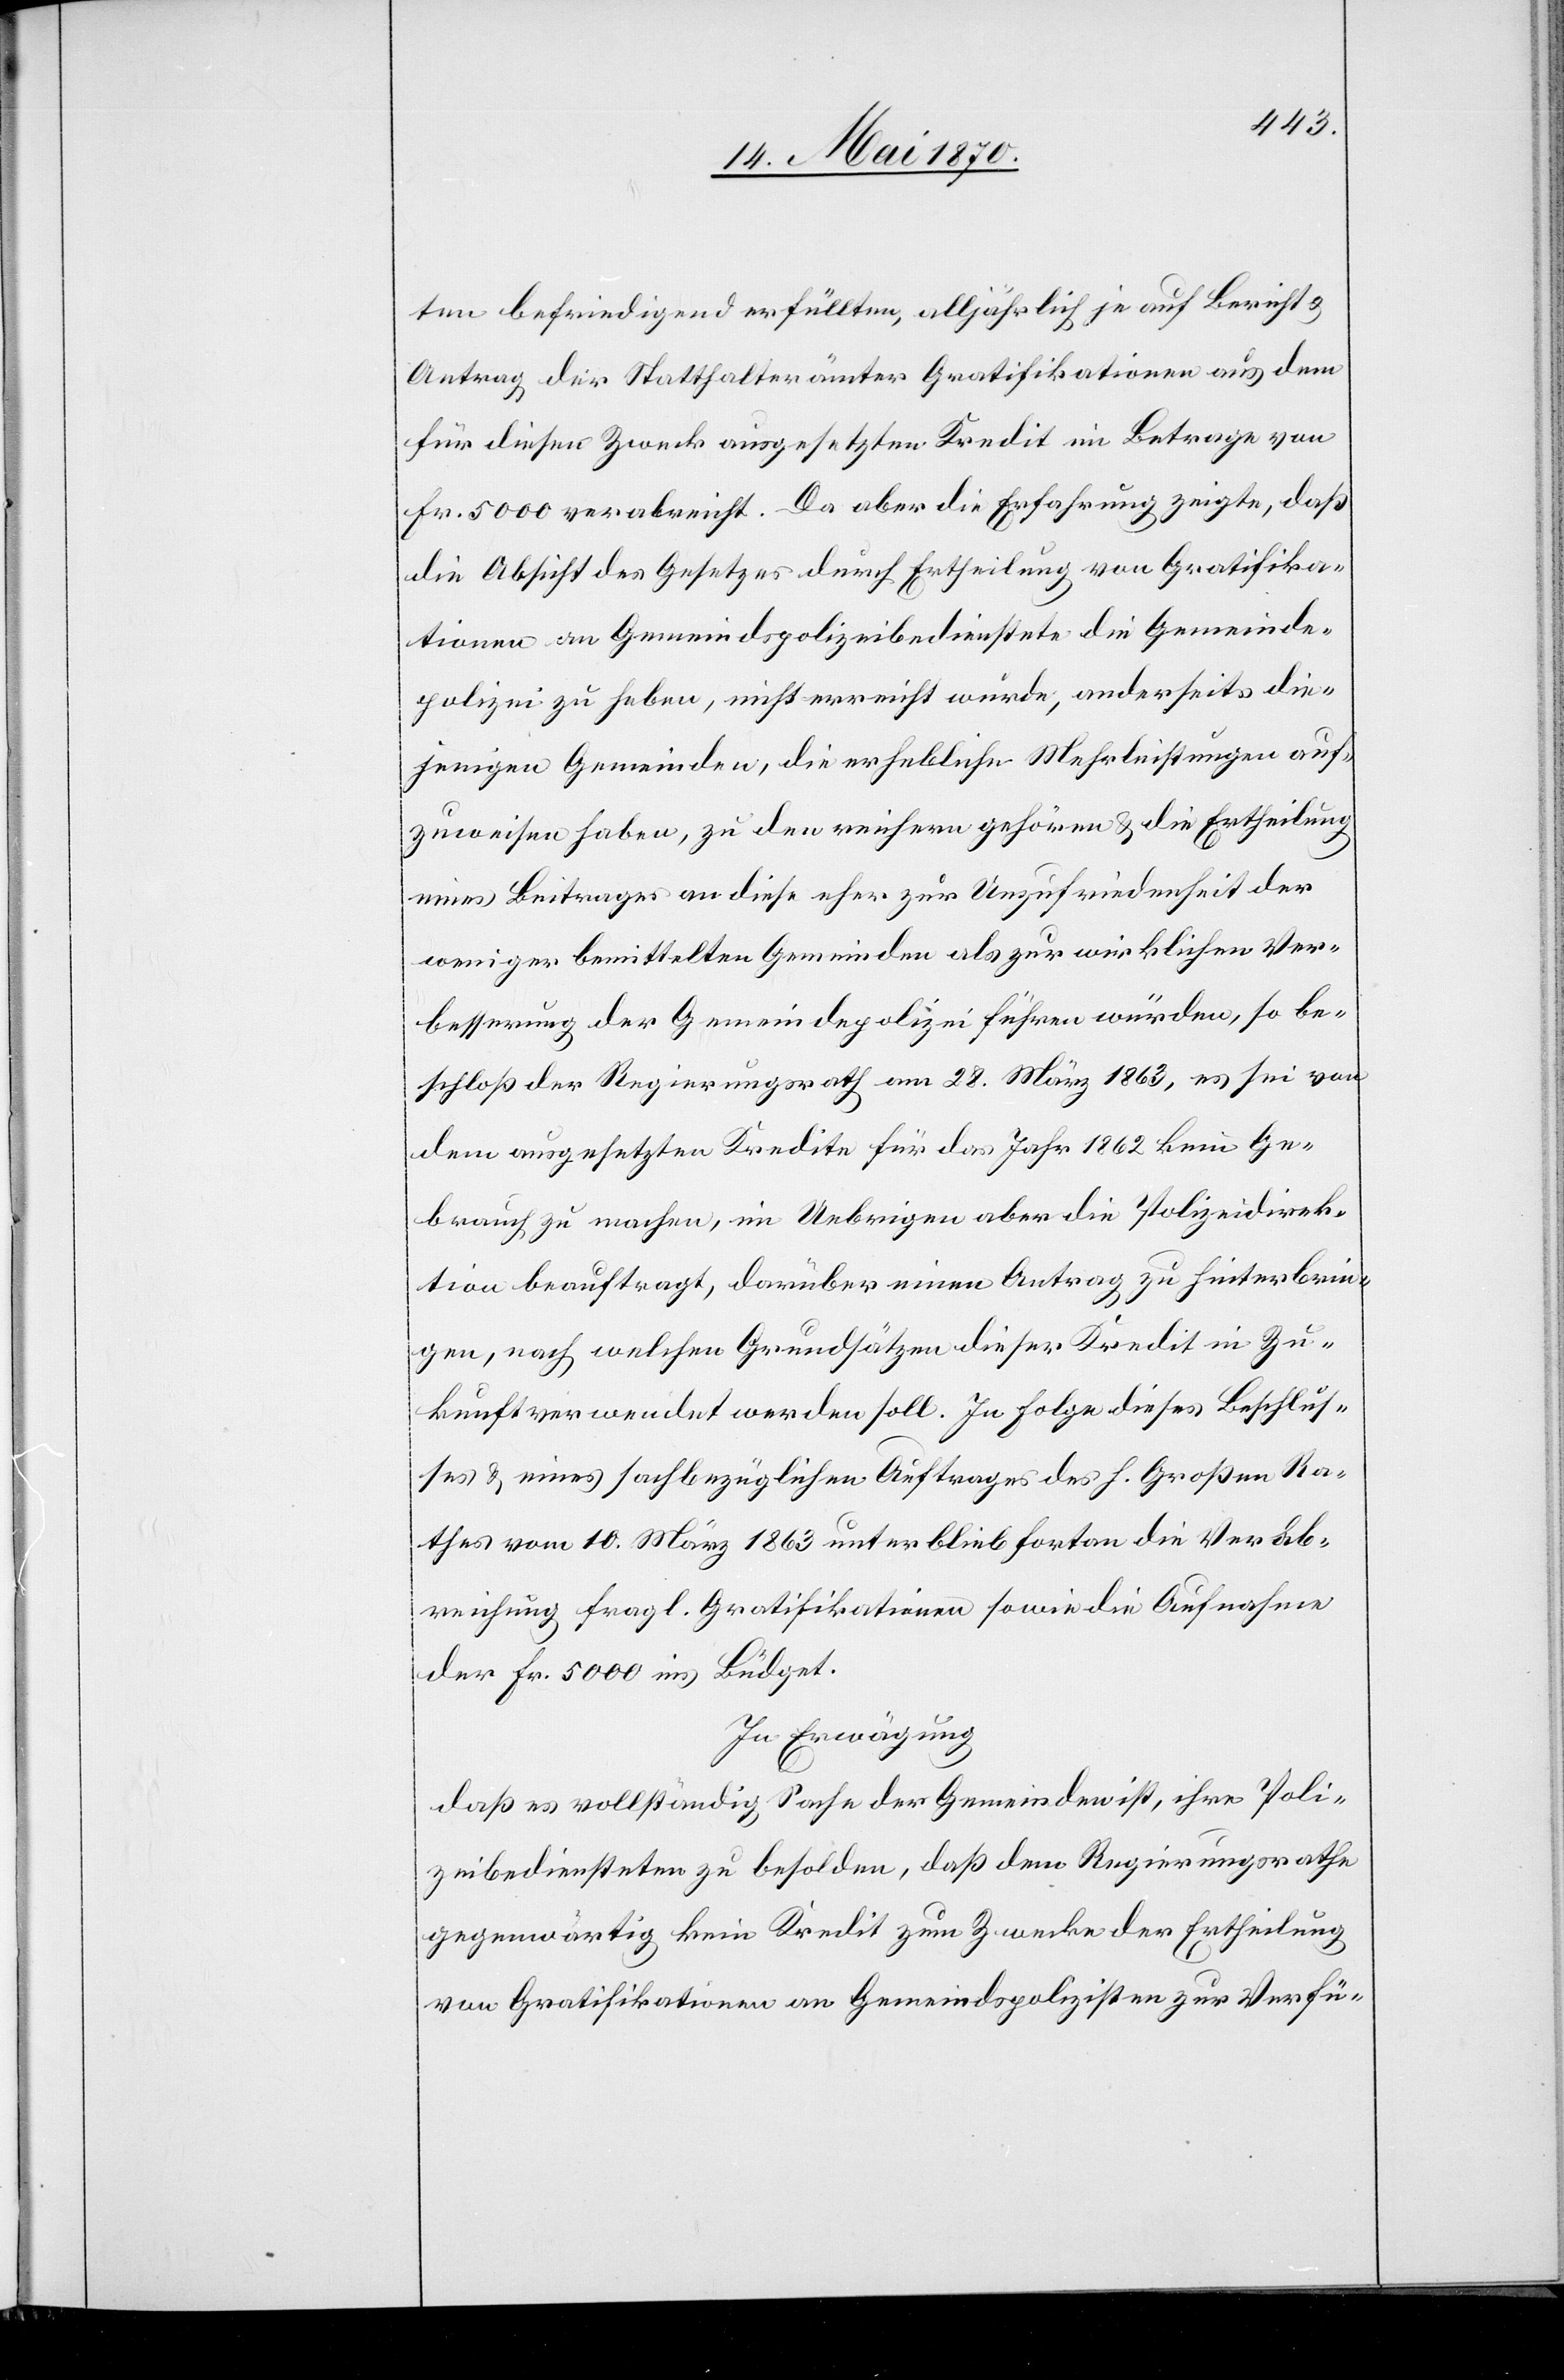
ten befriedigend erfüllten, alljährlich je auf Bericht &
Antrag der Statthalterämter Gratifikationen aus dem
für diesen Zweck ausgesetzten Kredit im Betrage von
Fr. 5000 verabreicht. Da aber die Erfahrung zeigt, daß
die Absicht des Gesetzes durch Ertheilung von Gratifika¬
tionen an Gemeindspolizeibedienstete die Gemeinde¬
polizei zu heben, nicht erreicht wurde, anderseits die¬
jenigen Gemeinden, die erhebliche Mehrleistungen auf¬
zuweisen haben, zu den reichern gehören & die Ertheilung
eines Beitrages an diese eher zur Unzufriedenheit der
weniger bemittelten Gemeinden als zur wirklichen Ver¬
besserung der Gemeindepolizei führen würden, so be¬
schloß der Regierungsrath am 28. März 1863, es sei von
dem ausgesetzten Kredite für das Jahr 1862 kein Ge¬
brauch zu machen, im Uebrigen aber die Polizeidirek¬
tion beauftragt, darüber einen Antrag zu hinterbrin¬
gen, nach welchen Grundsätzen dieser Kredit in Zu¬
kunft verwendet werden soll. In Folge dieses Beschluß¬
es & eines sachbezüglichen Auftrages des h. Großen Ra¬
thes vom 10. März 1863 unterblieb fortan die Verab¬
reichung fragl. Gratifikationen sowie die Aufnahme
der Fr. 5000 ins Büdget.
In Erwägung
daß es vollständig Sache der Gemeinden ist, ihre Poli¬
zeibediensteten zu besolden, daß dem Regierungsrathe
gegenwärtig kein Kredit zum Zwecke der Ertheilung
von Gratifikationen an Gemeindspolizisten zur Verfü-